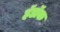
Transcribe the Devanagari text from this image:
हॅडॉक